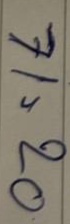
71 = 20